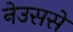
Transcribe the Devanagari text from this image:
नेउससे